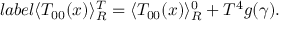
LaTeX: l a b e l { } \langle T _ { 0 0 } ( x ) \rangle _ { R } ^ { T } = \langle T _ { 0 0 } ( x ) \rangle _ { R } ^ { 0 } + T ^ { 4 } g ( \gamma ) .